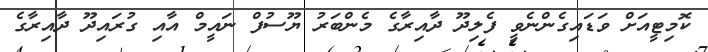
ކޮމިޓީއަށް ވަޑައިގެންނެވީ ފެލިދޫ ދާއިރާގެ މެންބަރު ޔޫސުފް ނައީމް އާއި ގުރައިދޫ ދާއިރާގެ